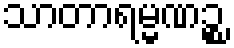
သာတာရမ္မဏဉ္စ